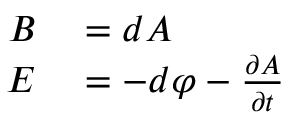
\begin{array} { r l } { B } & { { } = d A } \\ { E } & { { } = - d \varphi - { \frac { \partial A } { \partial t } } } \end{array}